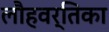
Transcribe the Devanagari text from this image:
लौहवर्तिका